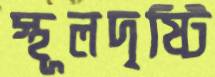
স্থূলদৃষ্টি